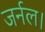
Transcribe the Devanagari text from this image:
जर्नल।